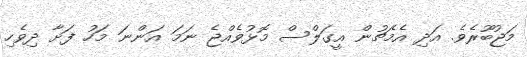
މަޖުބޫރެވެ. އަދި އެމެޗުން އީގަލްސް މޮޅުވެއްޖެ ނަމަ އަންނަ މަހު ފަށާ ދިވެހި